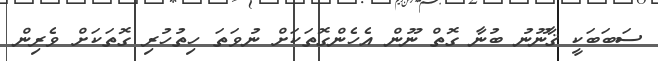
ސަބަބަކީ ޤާނޫނު ބުނާ ގޮތް ނޫން އެހެންގޮތަކަށް ނުވަތަ ހިތުހުރި ގޮތަކަށް ވެރިން